Annual report on the working of the mental hospitals in the Madras Presidency - 1912-1932
Year: 1912
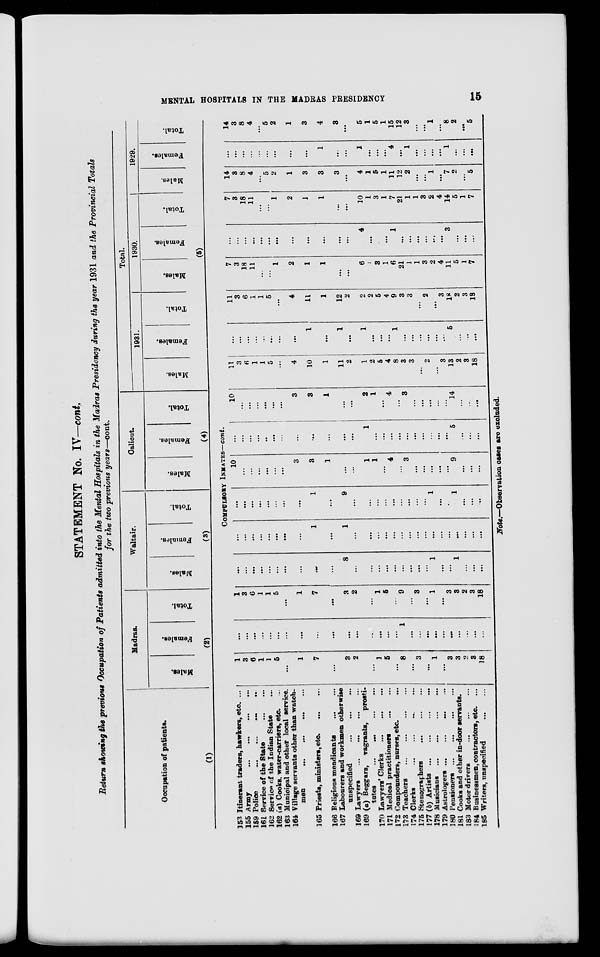
MENTAL HOSPITALS IN THE MADRAS PRESIDENCY
15
STATEMENT No. IV—cont.
Return showing the previous Occupation of Patients admitted into the Mental Hospitals in the Madras Presidency during the year 1931 and the Provincial Totals
for the two previous years—cont.
Occupation of patients.
(1)
Madras.
Males.
Females.
Total.
(2)
Waltair.
Males.
Females.
Total.
(3)
Calicut.
Males.
Females.
Total.
(4)
Total.
1932.
Males.
Females.
Total.
1930.
Males.
Females.
Total.
1929.
Males.
Females.
Total.
(5)
COMPULSORY INMATES—cont.
153 Itinerant traders, hawkers, etc. ...
155 Army
...
...
...
...
159 Police
...
...
...
...
161 Service of the State
...
...
162 Service of the Indian State ...
162 (a) Cooks, water-carriers, etc. ...
163 Municipal and other local service.
164 Village servants other than watch-
men
...
...
...
...
165 Priests, ministers, etc.
...
...
166 Religious mendicants
...
...
167 Labourers and workmen otherwise
unspecified
...
...
...
169 Lawyers
...
...
...
169 (a) Beggars, vagrants,
prosti-
tutes
...
...
...
...
170 Lawyers' Clerks
...
...
...
171 Medical practitioners
...
...
172 Compounders, nurses, etc. ...
173 Teachers
...
...
...
...
174 Clerks
...
...
...
...
175 Stenographers
...
...
...
177 (b) Artists
...
...
...
...
178 Musicians
...
...
...
...
179 Astrologers
...
...
...
...
180 Pensioners
...
...
...
...
181 Cooks and other in-door servants.
183 Motor drivers
...
...
...
184 Businessmen, contractors, etc. ...
185 Writers, unspecified
...
...
1
3
6
1
1
5
. ..
1
7
...
3
2
...
1
5
...
8
...
3
...
1
. ..
3
3
2
3
18
. ..
. ..
. ..
. . .
...
. ..
. . .
. ..
...
...
...
...
...
...
...
...
1
...
...
...
...
...
...
...
. ..
...
1
3
6
1
1
5
. ..
1
7
...
3
2
...
1
5
...
9
...
3
. ..
1
...
3
3
2
3
18
...
...
. ..
...
. ..
...
...
. ..
...
8
...
...
...
...
...
...
...
...
...
1
...
...
1
...
...
...
...
...
...
...
...
...
...
...
1
...
1
...
. ..
...
. ..
...
. ..
...
. ..
...
...
...
...
...
...
. ..
. ..
. ..
. ..
...
...
. ..
...
...
...
1
...
9
. ..
. ..
...
...
...
...
...
. ..
1
...
.
1
. ..
. ..
...
10
. ..
...
...
...
...
...
3
3
1
...
1
1
...
4
3
. ..
. ..
. ..
. ..
. ..
9
. ..
. ..
. ..
...
...
...
...
...
...
...
...
...
...
...
...
1
. ..
...
. ..
. ..
. ..
...
...
...
. ..
. ..
5
...
...
...
10
...
...
...
...
...
...
3
3
1
. ..
2
1
. ..
4
...
3
...
...
...
...
...
14
...
...
...
11
3
6
1
1
5
...
4
10
1
11
2
1
2
5
4
8
3
3
. ..
2
. ..
3
13
2
3
18
...
...
...
...
...
. . .
...
...
1
...
1
...
1
. ..
...
...
1
...
...
...
...
...
...
5
...
...
...
11
3
6
1
1
5
. ..
4
11
1
12
2
2
2
5
4
9
3
3
...
2
...
3
18
2
3
18
7
3
18
11
...
...
1
2
1
1
...
...
6
1
3
1
6
21
1
1
3
2
4
11
5
1
7
...
...
...
...
...
...
...
...
. ..
. ..
...
...
4
...
. ..
1
...
...
. ..
...
...
. ..
3
...
...
...
7
3
18
11
...
...
1
2
1
1
...
. ..
10
1
3
1
7
21
1
1
3
2
4
14
5
1
7
14
3
8
4
...
5
2
1
3
3
3
. ..
4
1
5
1
11
12
2
...
...
1
...
7
2
...
5
...
...
...
...
...
...
...
...
...
1
...
...
1
. ..
. ..
. ..
4
...
1
...
...
. ..
. ..
1
. ..
...
...
14 3
8
4
...
5
2
1
3
4
3
. ..
5
1
5
1
15
12
3
...
...
1
...
8
2
...
5
Note.—Observation cases are excluded.